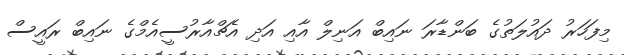
މިފަހަރު ދައުލަތުގެ ބަންޑާރަ ނައިބް އަނިލް އާއި އަދި އެޗްއާރުސީއެމްގެ ނައިބް ރައީސް